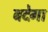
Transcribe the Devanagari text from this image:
बदेगा